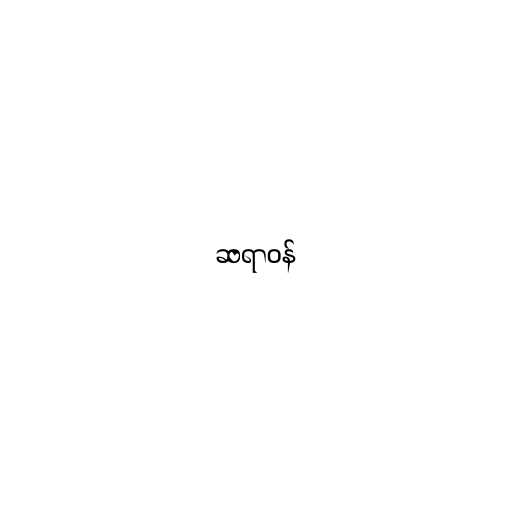
ဆရာဝန်